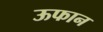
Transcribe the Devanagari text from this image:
ऊफान